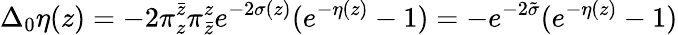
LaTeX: \Delta_{0}\eta(z)=-2\pi_{z}^{\bar{z}}\pi_{\bar{z}}^{z}e^{-2\sigma(z)}(e^{-\eta(z)}-1)=-e^{-2\tilde{\sigma}}(e^{-\eta(z)}-1)